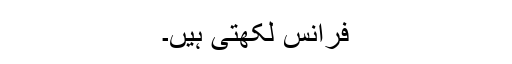
فرانس لکھتی ہیں۔